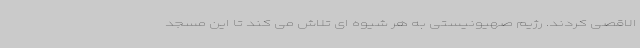
الاقصی کردند. رژیم صهیونیستی به هر شیوه ای تلاش می کند تا این مسجد